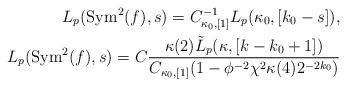
LaTeX: \begin{align*}L_p(\mathrm{Sym}^2(f),s) = C^{-1}_{\kappa_0,[1]}L_p(\kappa_0,[k_0-s]),\\L_p(\mathrm{Sym}^2(f),s) = C \frac{ \kappa(2)\tilde{L}_p(\kappa,[k-k_0+1])}{C_{\kappa_0,[1]}(1-\phi^{-2}\chi^2 \kappa(4)2^{-2k_0})}\end{align*}